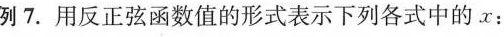
例7.用反正弦函数值的形式表示下列各式中的x；